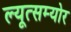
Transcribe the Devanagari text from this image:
ल्यूत्सम्योर